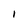
Character: l